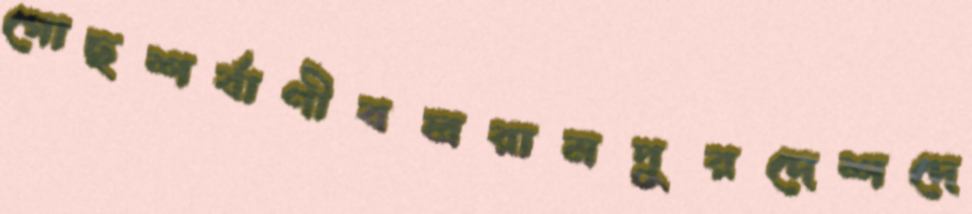
গোছশর্বাণীবলরামপুরদেশদে